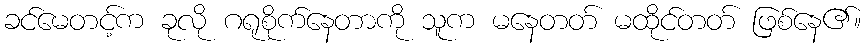
ခင်မေတင့်က ခုလို ဂရုစိုက်နေတာကို သူက မနေတတ် မထိုင်တတ် ဖြစ်နေ၏။